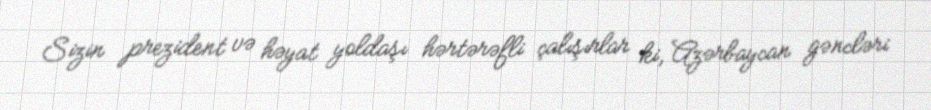
Sizin prezident və həyat yoldaşı hərtərəfli çalışırlar ki, Azərbaycan gəncləri